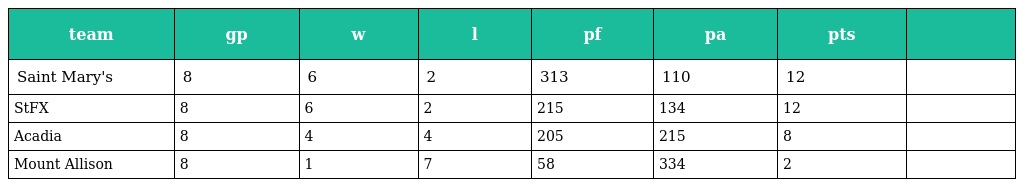
| team | gp | w | l | pf | pa | pts |  |
 | --- | --- | --- | --- | --- | --- | --- | --- |
 | Saint Mary's | 8 | 6 | 2 | 313 | 110 | 12 |  |
 | StFX | 8 | 6 | 2 | 215 | 134 | 12 |  |
 | Acadia | 8 | 4 | 4 | 205 | 215 | 8 |  |
 | Mount Allison | 8 | 1 | 7 | 58 | 334 | 2 |  |